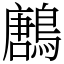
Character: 鶶